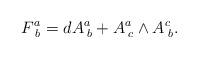
LaTeX: \begin{align*}F_{\;b}^{a}=dA_{\;b}^{a}+A_{\;c}^{a}\wedge A_{\; b}^{c}.\end{align*}